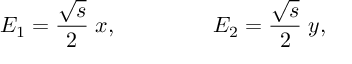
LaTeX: E _ { 1 } = \frac { \sqrt { s } } { 2 } \; x , ~ ~ ~ ~ ~ ~ ~ ~ ~ ~ ~ ~ ~ E _ { 2 } = \frac { \sqrt { s } } { 2 } \; y ,